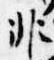
非